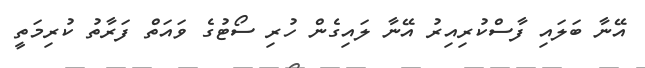
އޭނާ ބަލައި ފާސްކުރިއިރު އޭނާ ލައިގެން ހުރި ސޯޓުގެ ވައަތް ފަރާތު ކުރިމަތީ